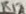
Text: R12